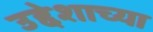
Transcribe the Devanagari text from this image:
उद्देशाच्या